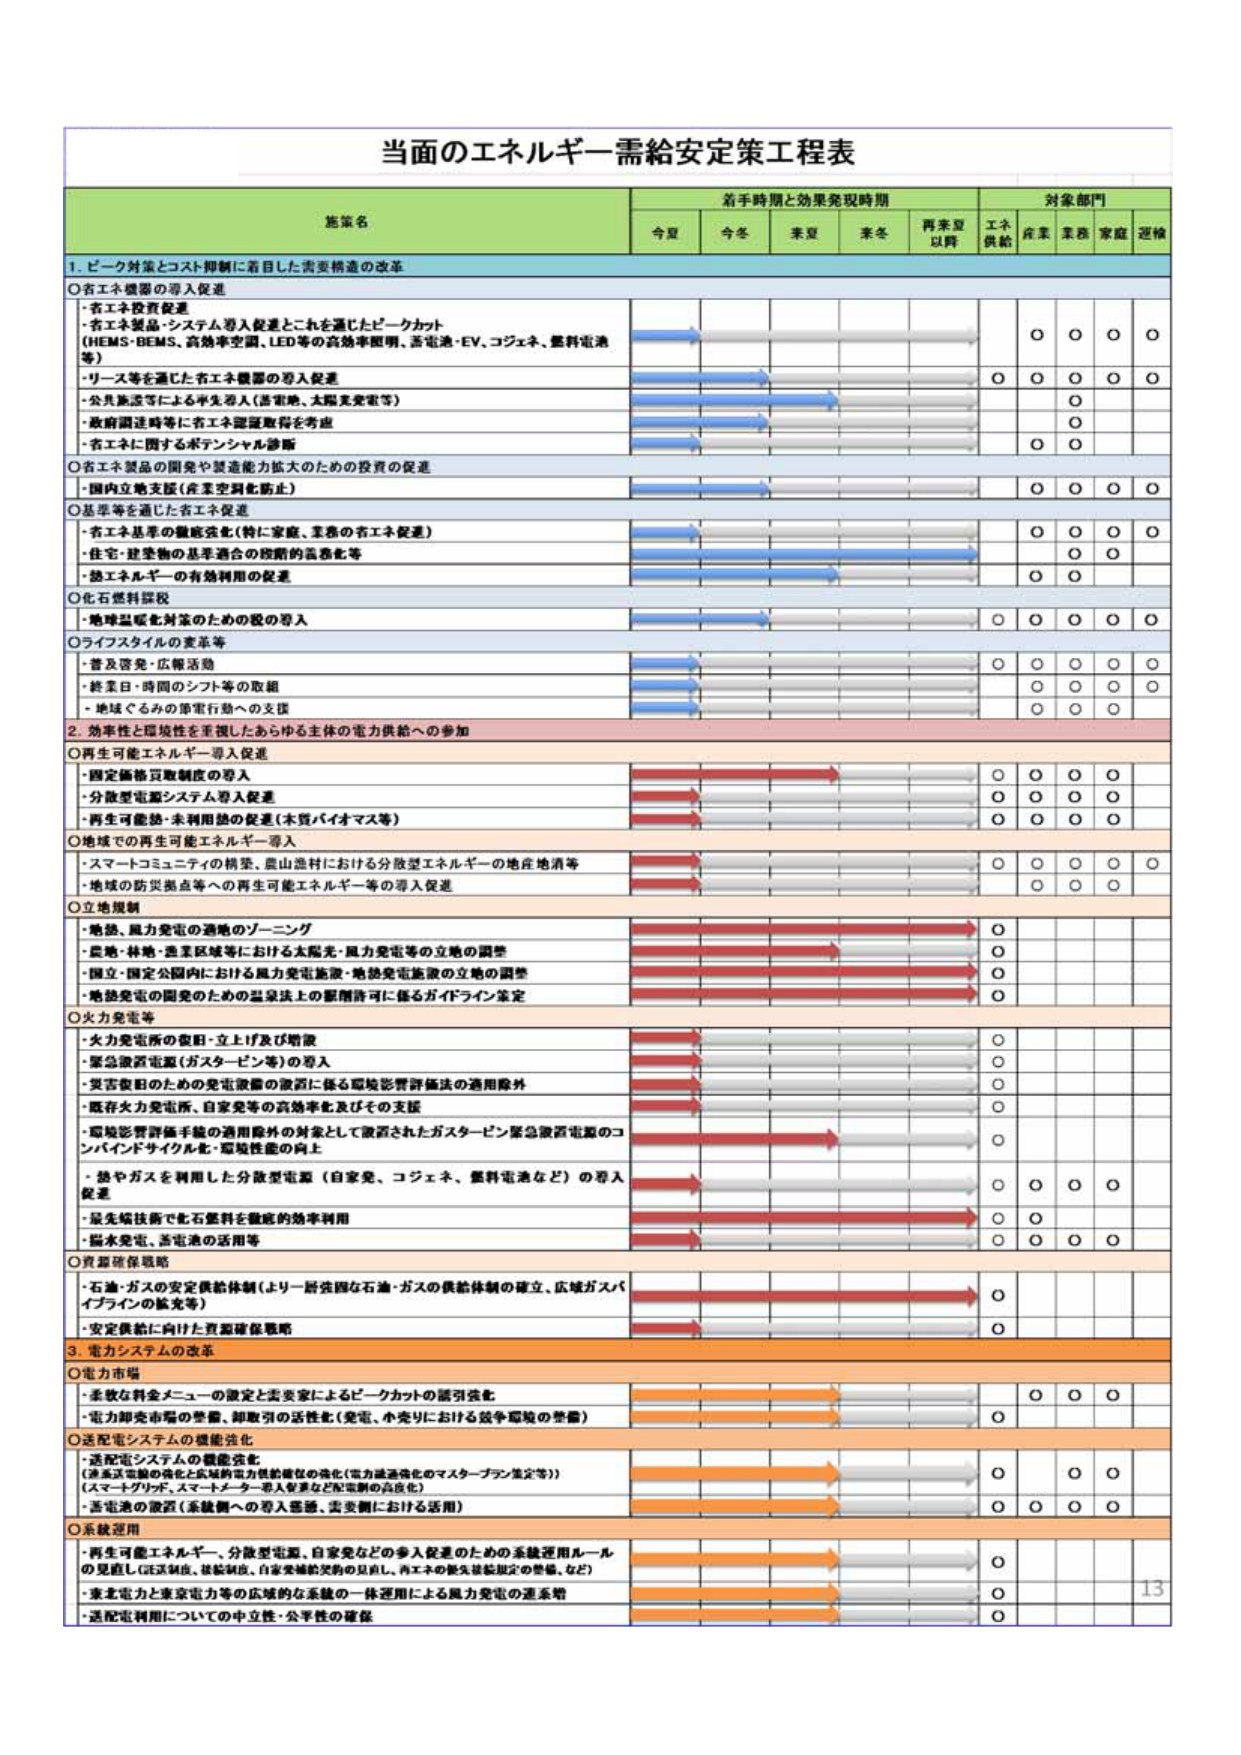
当面のエネルギー需給安定策工程表

施策名
着手時期と効果発現時期
対象部門

今夏
今冬
来夏
来冬
再来夏以降
エネ供給
産業
業務
家庭
運輸

1. ピーク対策とコスト抑制に着目した需要構造の改革

○省エネ機器の導入促進
・省エネ投資促進
・省エネ製品・システム導入促進とこれを通じたピークカット
（HEMS・BEMS、高効率空調、LED等の高効率照明、省電池・EV、コジェネ、燃料電池等）
・リース等を通じた省エネ機器の導入促進
・公共施設等による半生導入（省電地、太陽光発電等）
・政府調達時等に省エネ認証取得を考慮
・省エネに関するポテンシャル診断

○省エネ製品の開発や製造能力拡大のための投資の促進
・国内立地支援（産業空洞化防止）

○基準等を通じた省エネ促進
・省エネ基準の徹底強化（特に家庭、業務の省エネ促進）
・住宅・建築物の基準適合の段階的義務化等
・熱エネルギーの有効利用の促進

○化石燃料課税
・地球温暖化対策のための税の導入

○ライフスタイルの変革等
・普及啓発・広報活動
・終業日・時間のシフト等の取組
・地球ぐるみの節電行動への支援

2. 効率性と環境性を重視したあらゆる主体の電力供給への参加

○再生可能エネルギー導入促進
・固定価格買取制度の導入
・分散型電源システム導入促進
・再生可能熱・未利用熱の促進（木質バイオマス等）

○地域での再生可能エネルギー導入
・スマートコミュニティの構築、農山漁村における分散型エネルギーの地産地消等
・地域の防災拠点等への再生可能エネルギー等の導入促進

○立地規制
・地熱、風力発電の適地のゾーニング
・農地・林地・漁業区域等における太陽光・風力発電等の立地の調整
・国立・国定公園内における風力発電施設・地熱発電施設の立地の調整
・地熱発電の開発のための温泉法上の都道府県に係るガイドライン策定

○火力発電等
・火力発電所の復旧・立上げ及び増設
・緊急液渦電源（ガスタービン等）の導入
・既存発電のための発電設備の復旧に係る環境影響評価法の適用除外
・既存火力発電所、自家発等の高効率化及びその支援
・環境影響評価手続の適用除外の対象として設置されたガスタービン緊急液渦電源のコンパインドサイクル化・環境性能の向上
・熱やガスを利用した分散型電源（自家発、コジェネ、燃料電池など）の導入促進
・最先端技術で化石燃料を徹底的効率利用
・揚水発電、蓄電の活用等

○資源確保戦略
・石油・ガスの安定供給体制（より一層強固な石油・ガスの供給体制の確立、広域ガスパイプラインの拡充等）
・安定供給に向けた資源確保戦略

3. 電力システムの改革

○電力市場
・柔軟な料金メニューの設定と需要家によるピークカットの誘引強化
・電力卸売市場の整備、卸取引の活性化（発電、小売りにおける競争環境の整備）

○送配電システムの機能強化
・送配電システムの機能強化
（送電系統の強化と広域的電力供給確立の強化（電力流通強化のマスタープラン策定等））
（スマートグリッド、スマートメーター導入促進など配電網の高度化）
・蓄電池の設置（系統側への導入推進、需要側における活用）

○系統運用
・再生可能エネルギー、分散型電源、自家発などの導入促進のための系統運用ルールの見直し（FLEX制度、接続制限、自家発補助契約の見直し、再エネの優先接続規定の整備、など）
・東北電力と東京電力等の広域的な系統の一体運用による風力発電の連系網
・送配電利用についての中立性・公平性の確保

13